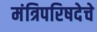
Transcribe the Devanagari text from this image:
मंत्रिपरिषदेचे